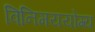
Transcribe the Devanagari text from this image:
विनिमययोग्य